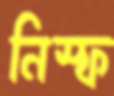
নিস্ফ